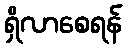
ရှိလာစေရန်